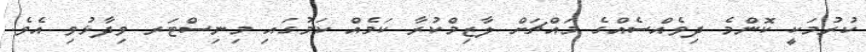
ކުރުމަކީ ކޮންމެ ދިވެއްސެއްގެ މައްޗަށް ލާޒިމްކުރާ ކަމެއް ކަމުގައި މިނިސްޓަރ ވިދާޅުވި އެވެ.